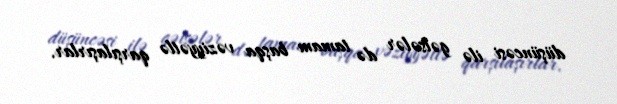
düşüncəsi ilə gəlsələr də tamam başqa vəziyyətlə qarşılaşırlar.